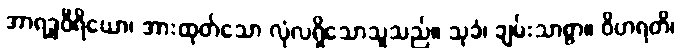
အာရဒ္ဓဝီရိယော၊ အားထုတ်သော လုံလရှိသောသူသည်။ သုခံ၊ ချမ်းသာစွာ။ ဝိဟရတိ၊